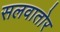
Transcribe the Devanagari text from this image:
सलवातोर